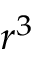
r ^ { 3 }